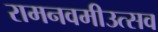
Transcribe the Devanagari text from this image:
रामनवमीउत्सव